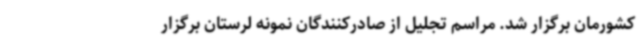
کشورمان برگزار شد. مراسم تجلیل از صادرکنندگان نمونه لرستان برگزار